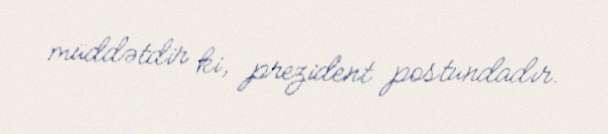
müddətdir ki, prezident postundadır.